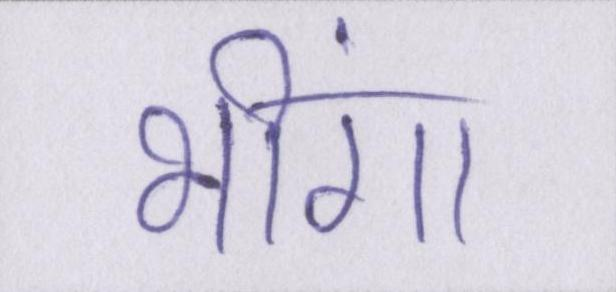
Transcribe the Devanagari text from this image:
भींगा